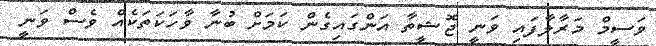
ވަސީމް މަރާލާފައި ވަނީ ޖޮޝީތާ އަންގައިގެން ކަމަށް ބުނާ ވާހަކަތަކެއް ވެސް ވަނީ